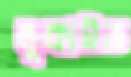
লুকাইত